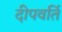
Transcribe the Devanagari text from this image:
दीपवर्ति